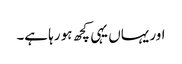
اور یہاں یہی کچھ ہو رہا ہے۔